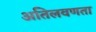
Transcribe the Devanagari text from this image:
अतिलवणता